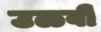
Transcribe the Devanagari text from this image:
उळवी